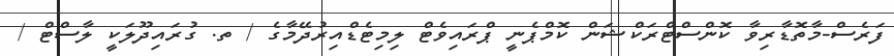
ފަރެސް-މާތޮޑާރިވާ ކޮންސްޓްރަކްޝަން ކޮމްޕެނީ ޕްރައިވެޓް ލިމިޓެޑްއިރުދޭމާގެ / ތ. ގުރައިދޫލަކީ ލާސްޓް /